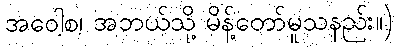
အဝေါစ၊ အဘယ်သို့ မိန့်တော်မူသနည်း။)